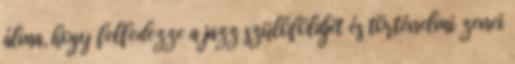
álma, hogy felfedezze a jazz szülőföldjét és történelmi zenei